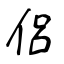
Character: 侶